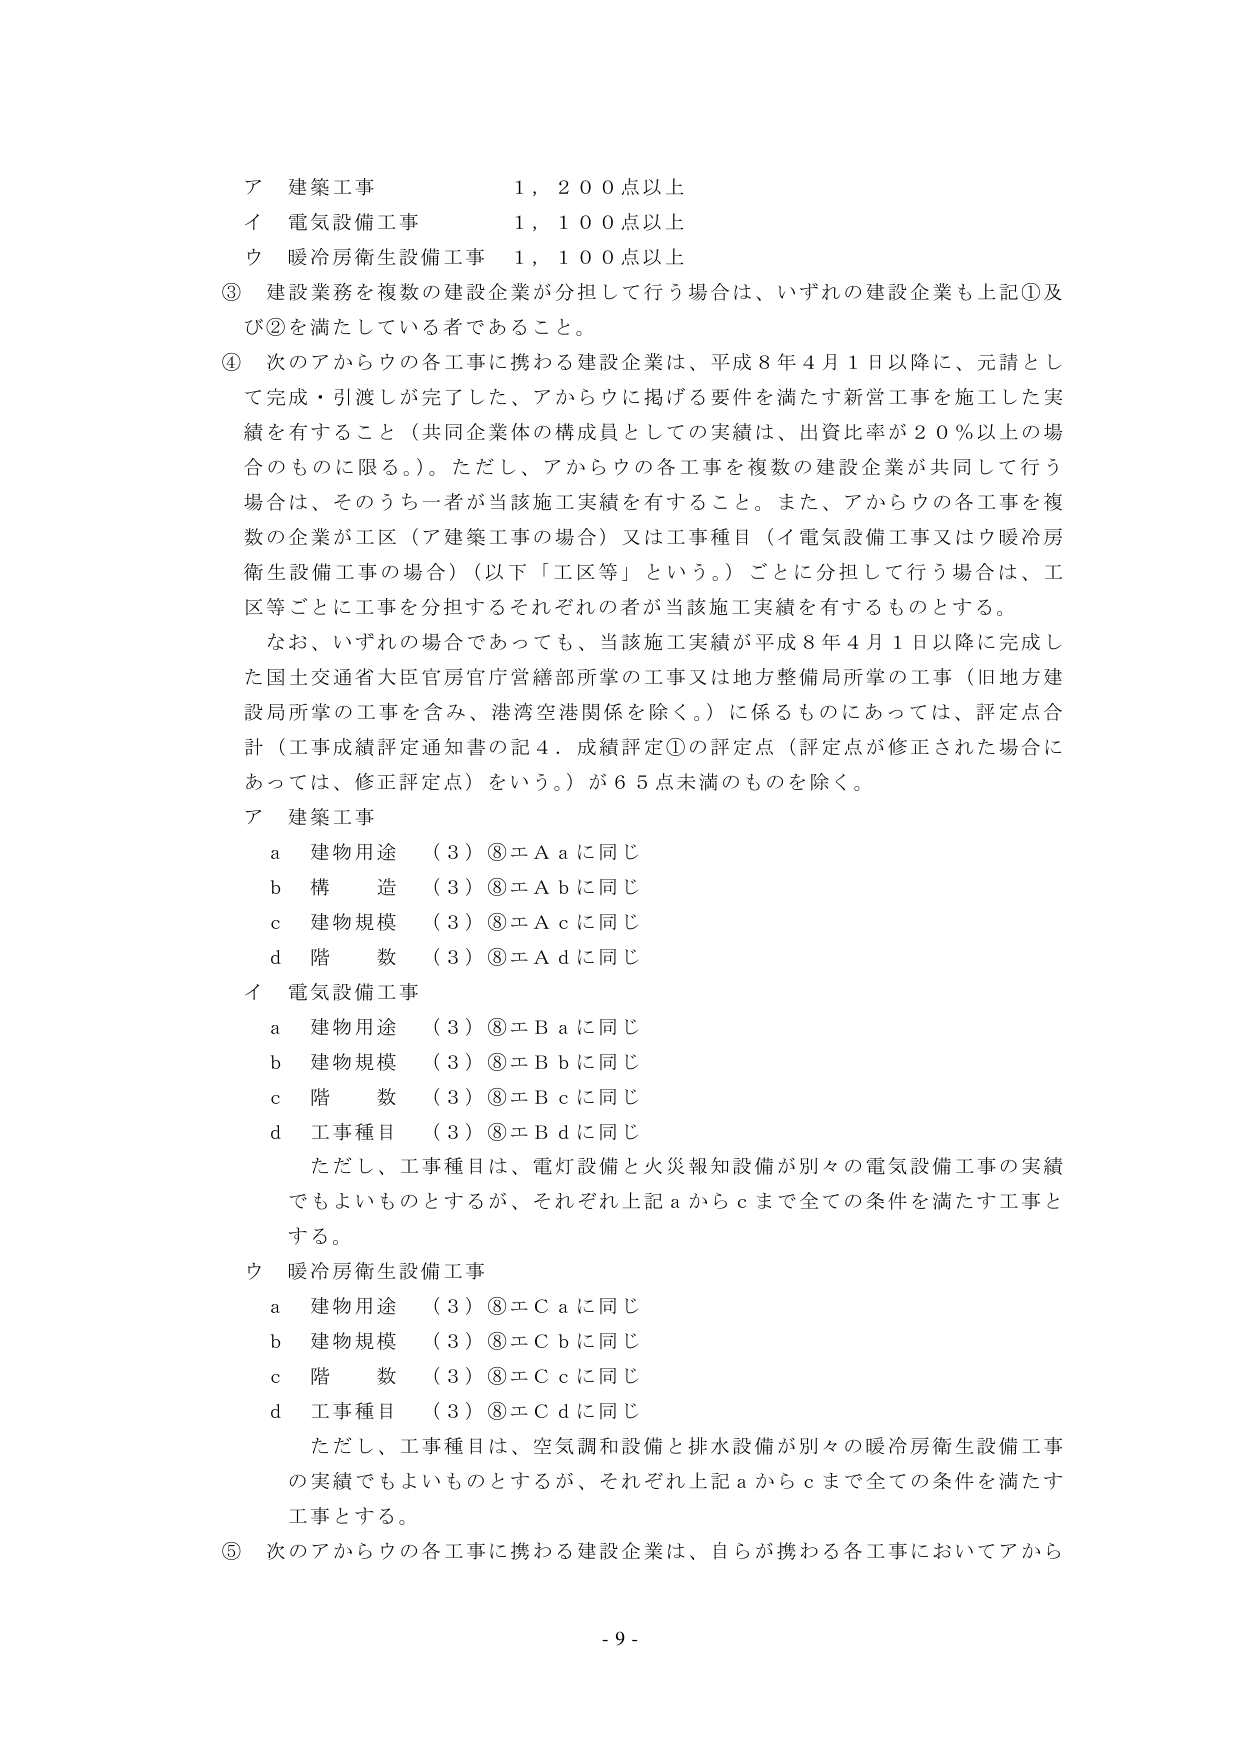
ア 建築工事 1,200点以上
イ 電気設備工事 1,100点以上
ウ 暖冷房衛生設備工事 1,100点以上

③ 建設業務を複数の建設企業が分担して行う場合は、いずれの建設企業も上記①及び②を満たしている者であること。

④ 次のアからウの各工事に携わる建設企業は、平成8年4月1日以降に、元請として完成・引渡しが完了した、アからウに掲げる要件を満たす新営工事を施工した実績を有すること（共同企業体の構成員としての実績は、出資比率が20％以上の場合のものに限る。）。ただし、アからウの各工事を複数の建設企業が共同して行う場合は、そのうち一者が当該施工実績を有すること。また、アからウの各工事を複数の企業が工区（ア建築工事の場合）又は工事種目（イ電気設備工事又はウ暖冷房衛生設備工事の場合）（以下「工区等」という。）ごとに分担して行う場合は、工区等ごとに工事を分担するそれぞれの者が当該施工実績を有するものとする。

　なお、いずれの場合であっても、当該施工実績が平成8年4月1日以降に完成した国土交通省大臣官房官庁営繕部所掌の工事又は地方整備局所掌の工事（旧地方建設局所掌の工事を含み、港湾空港関係を除く。）に係るものにあっては、評定点合計（工事成績評定通知書の記4．成績評定①の評定点（評定点が修正された場合にあっては、修正評定点）をいう。）が65点未満のものを除く。

ア 建築工事
　a 建物用途 （3）⑧エA aに同じ
　b 構 造 （3）⑧エA bに同じ
　c 建物規模 （3）⑧エA cに同じ
　d 階 数 （3）⑧エA dに同じ

イ 電気設備工事
　a 建物用途 （3）⑧エB aに同じ
　b 建物規模 （3）⑧エB bに同じ
　c 階 数 （3）⑧エB cに同じ
　d 工事種目 （3）⑧エB dに同じ

　ただし、工事種目は、電灯設備と火災報知設備が別々の電気設備工事の実績でもよいものとするが、それぞれ上記aからcまで全ての条件を満たす工事とする。

ウ 暖冷房衛生設備工事
　a 建物用途 （3）⑧エC aに同じ
　b 建物規模 （3）⑧エC bに同じ
　c 階 数 （3）⑧エC cに同じ
　d 工事種目 （3）⑧エC dに同じ

　ただし、工事種目は、空気調和設備と排水設備が別々の暖冷房衛生設備工事の実績でもよいものとするが、それぞれ上記aからcまで全ての条件を満たす工事とする。

⑤ 次のアからウの各工事に携わる建設企業は、自らが携わる各工事においてアから

- 9 -